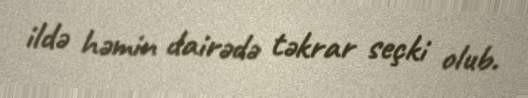
ildə həmin dairədə təkrar seçki olub.